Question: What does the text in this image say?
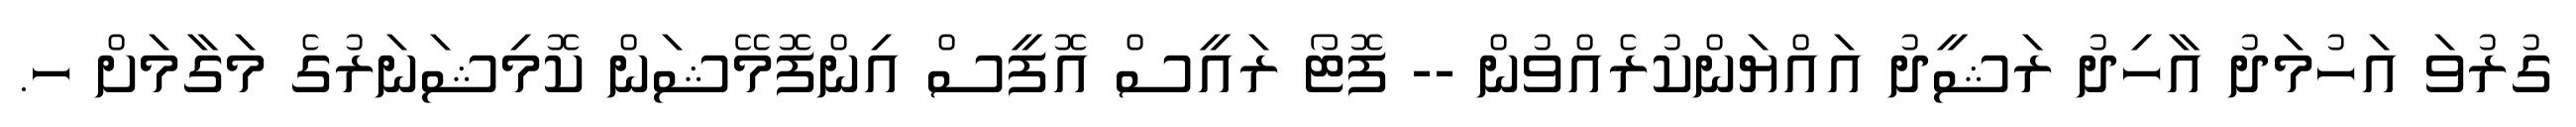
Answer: ގުރުވަ އަހުމަދު އާހިދު ރަޝީދު އައްޔަންކުރެއްވުން -- ފޮޓޯ ރައީސް އޮފީސް އިންފޮމޭޝަން ކޮމިޝަނަރުގެ މަގާމަށް ހ.